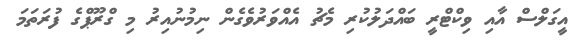
އީގަލްސް އާއި ވިކްޓްރީ ބައްދަލުކުރި މެޗު އެއްވަރުވެގެން ނިމުނުއިރު މި ގްރޫޕްގެ ފުރަތަމަ